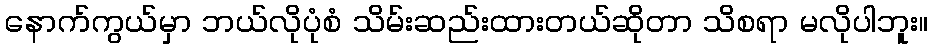
နောက်ကွယ်မှာ ဘယ်လိုပုံစံ သိမ်းဆည်းထားတယ်ဆိုတာ သိစရာ မလိုပါဘူး။